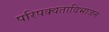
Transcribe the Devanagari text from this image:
परिपक्वताविभाजन